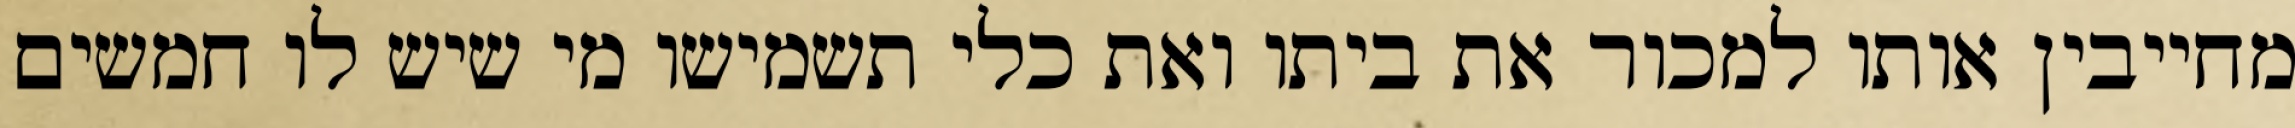
מחייבין אותו למכור את ביתו ואת כלי תשמישו מי שיש לו חמשים